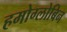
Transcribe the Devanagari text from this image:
हमोग्लोबिन